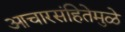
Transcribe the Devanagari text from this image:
आचारसंहितेमुळे